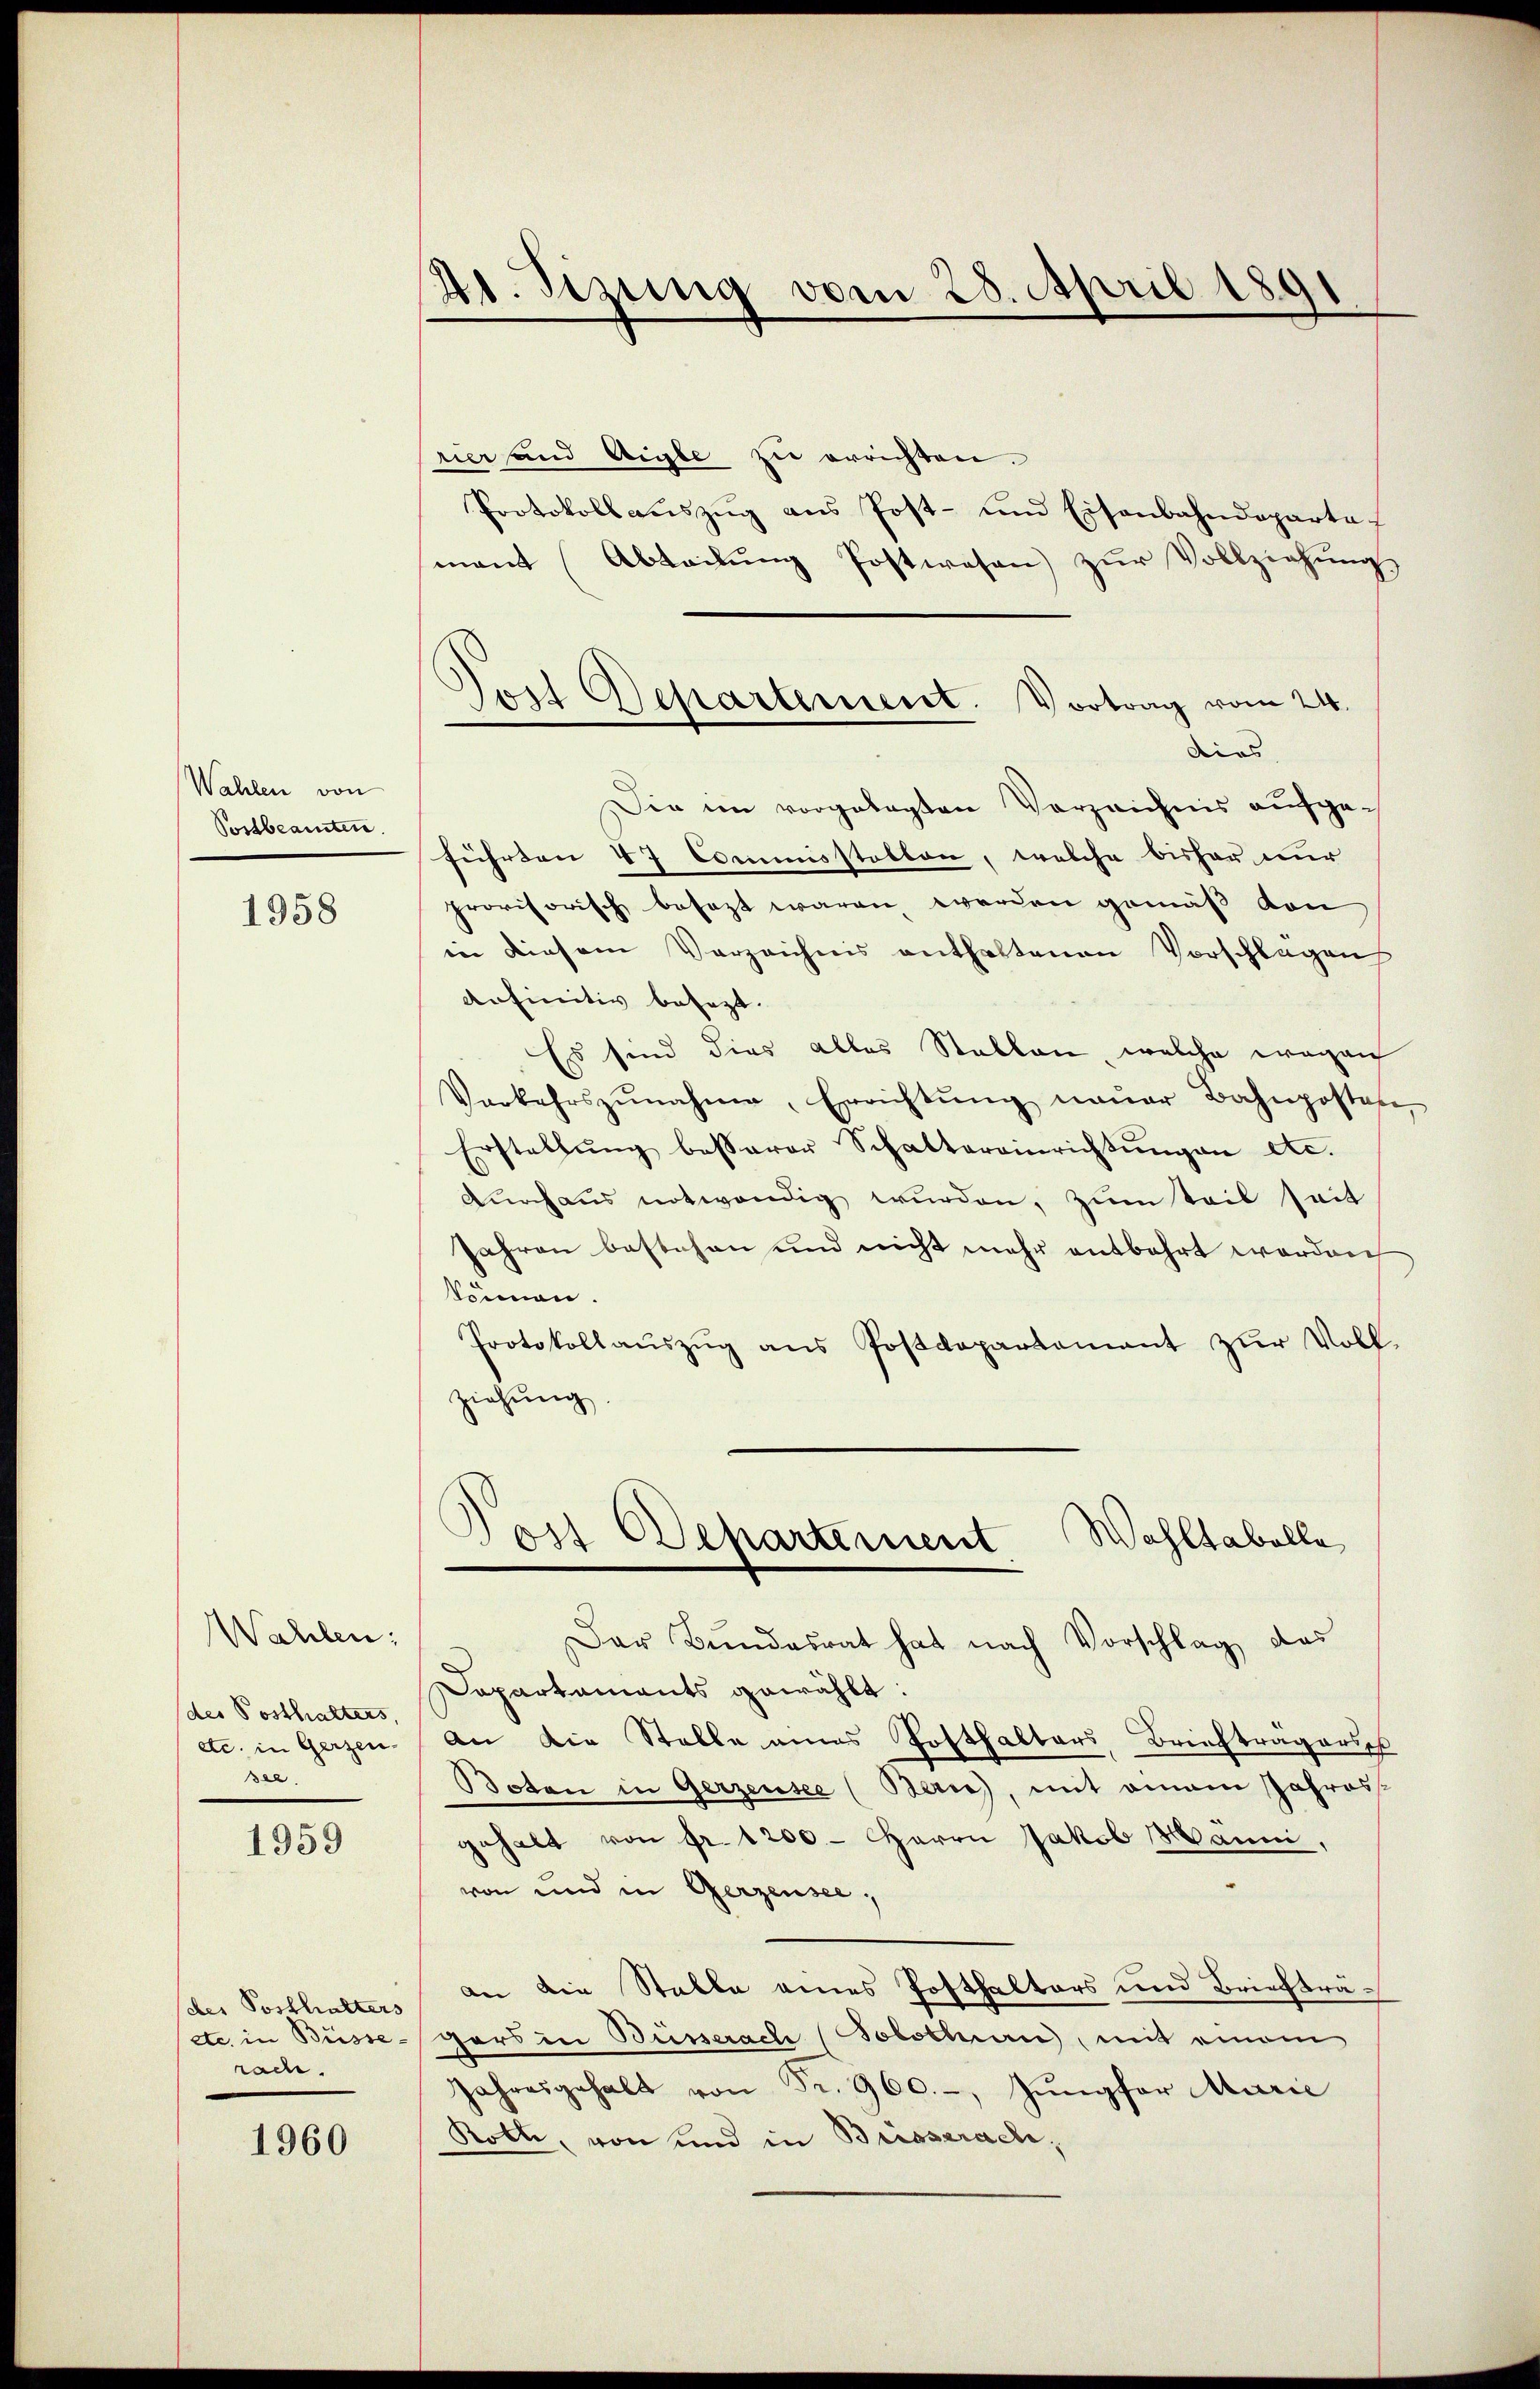
Wahlen von
Postbeamten.

1958

Wahlen;
des Posthalters,
etc. in Gerzen.
see.

1959

des Posthalters
etc. in Büsse
race.

1960

Ad. Sizung vom 25. April 1891

rier and Aigle zu errichten.
Protokoll aŭszŭg ans Post- und Eisenbahndeparta
mant (Abteilŭng Postwesen zŭr Vollziehung
dies
Sie im vorgelegten Vorzeichnis aufgeführten 47 Commisstellen, welche bisher nur
provisorisch besezt waren werden gemäß von
in diesem Verzeichnis enthaltenen Vorschlagen
Anfinitiv besezt.
Es sind dies alles Stallen, welche wegen
Verkehrszŭnahme, Errichtŭng neŭer Bahnposten,
Erstellŭng besserer Schaltereinrichtŭngen etc.
Durchaus notwendig wurden, zum Teil seit
Jahren bestehen und nicht mehr entbehrt werden
können.
Protokollaŭszŭg ans Postdepartement zŭr Voll-
ziehung

8
Besartement. Vortrag vom 24.

Post Departement Wohltabelle

Der Bundesrat hat nach Vorschlag das
Dapartaments gewählt:
An die Stelle eines Posthalters Brieftragersch
Boten in Gerzensee (Bern), mit einem Jahresgehalt von Fr. 1200 - Herrn Jakob Manni,
von und in Gerzensee,
an die Stable eines Posthalters und Briefträ¬
Hars in Büsserach (Solothurn, mit einem
Jahresgehalt von Fr. 960.-, Jungfer Marie
Roth, von und in Brisstrach,